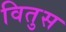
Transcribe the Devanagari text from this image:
वितुस